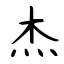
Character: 杰